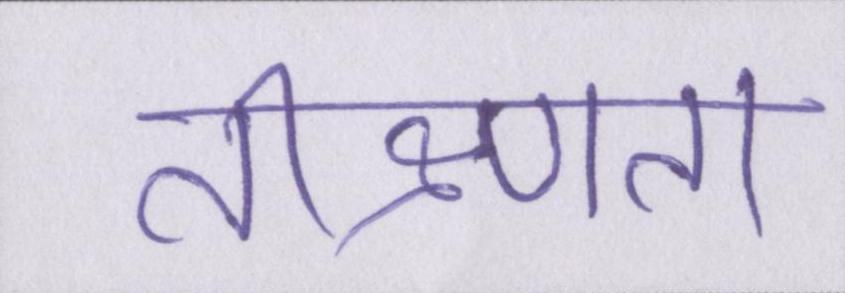
तीक्ष्णता